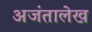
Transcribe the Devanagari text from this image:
अजंतालेख